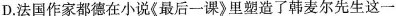
D.法国作家都德在小说《最后一课》里塑造了韩麦尔先生这一